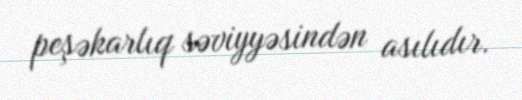
peşəkarlıq səviyyəsindən asılıdır.